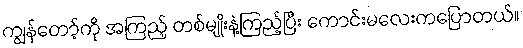
ကျွန်တော့်ကို အကြည့် တစ်မျိုးနဲ့ကြည့်ပြီး ကောင်းမလေးကပြောတယ်။